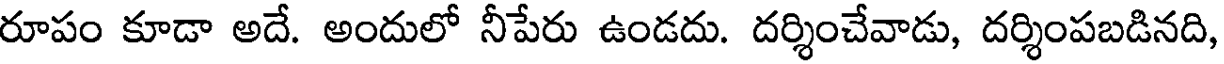
రూపం కూడా అదే. అందులో నీపేరు ఉండదు. దర్శించేవాడు, దర్శింపబడినది,